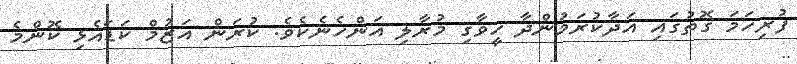
ފުރިހަމަ ގޮތުގައި އަދާކުރަމުންދާ ހީވާގި މުރާލި އަންހެނެކެވެ. ކުރަން އަޒުމް ކަޑައެޅި ކޮންމެ